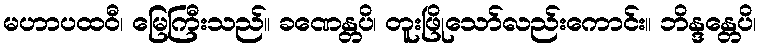
မဟာပထဝီ၊ မြေကြီးသည်။ ခဏေန္တပိ၊ တူးဖြိုသော်လည်းကောင်း။ ဘိန္ဒန္တေပိ၊